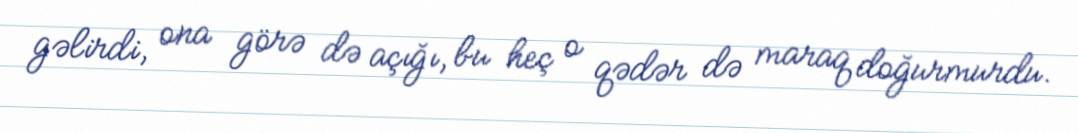
gəlirdi, ona görə də açığı, bu heç o qədər də maraq doğurmurdu.